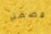
قضمة